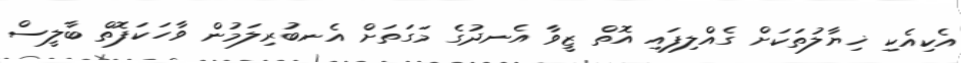
އެކިއެކި ޚިޔާލުތަކަށް ގެއްލިފައި އޮތް ޒީވާ އެނދުގެ މަގަތަށް އެނބުރިލަމުން ވާހަކަފޮތް ބާލީސް